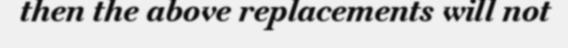
then the above replacements will not